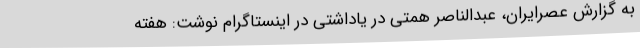
به گزارش عصرایران، عبدالناصر همتی در یاداشتی در اینستاگرام نوشت: هفته